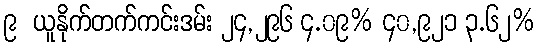
၉  ယူနိုက်တက်ကင်းဒမ်း ၂၄,၂၉၆ ၄.၀၉% ၄၀,၉၂၁ ၃.၆၂%